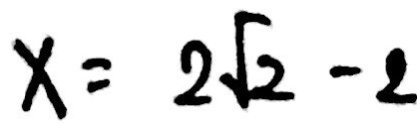
x = 2 \sqrt { 2 } - 2